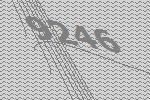
9246